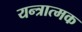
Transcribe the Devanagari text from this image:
यन्त्रात्मक